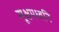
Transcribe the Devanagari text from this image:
सूक्षमध्वनि